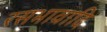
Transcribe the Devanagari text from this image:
रसभावादि